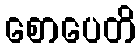
စောပေတိ